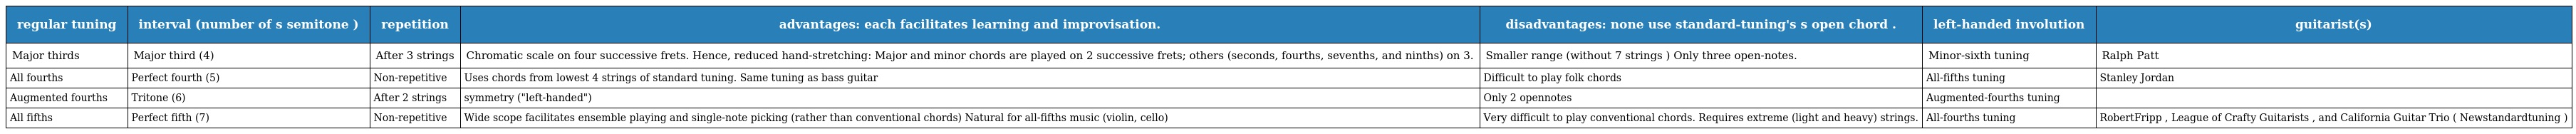
| regular tuning | interval (number of s semitone ) | repetition | advantages: each facilitates learning and improvisation. | disadvantages: none use standard-tuning's s open chord . | left-handed involution | guitarist(s) |
 | --- | --- | --- | --- | --- | --- | --- |
 | Major thirds | Major third (4) | After 3 strings | Chromatic scale on four successive frets. Hence, reduced hand-stretching: Major and minor chords are played on 2 successive frets; others (seconds, fourths, sevenths, and ninths) on 3. | Smaller range (without 7 strings ) Only three open-notes. | Minor-sixth tuning | Ralph Patt |
 | All fourths | Perfect fourth (5) | Non-repetitive | Uses chords from lowest 4 strings of standard tuning. Same tuning as bass guitar | Difficult to play folk chords | All-fifths tuning | Stanley Jordan |
 | Augmented fourths | Tritone (6) | After 2 strings | symmetry ("left-handed") | Only 2 opennotes | Augmented-fourths tuning |  |
 | All fifths | Perfect fifth (7) | Non-repetitive | Wide scope facilitates ensemble playing and single-note picking (rather than conventional chords) Natural for all-fifths music (violin, cello) | Very difficult to play conventional chords. Requires extreme (light and heavy) strings. | All-fourths tuning | RobertFripp , League of Crafty Guitarists , and California Guitar Trio ( Newstandardtuning ) |